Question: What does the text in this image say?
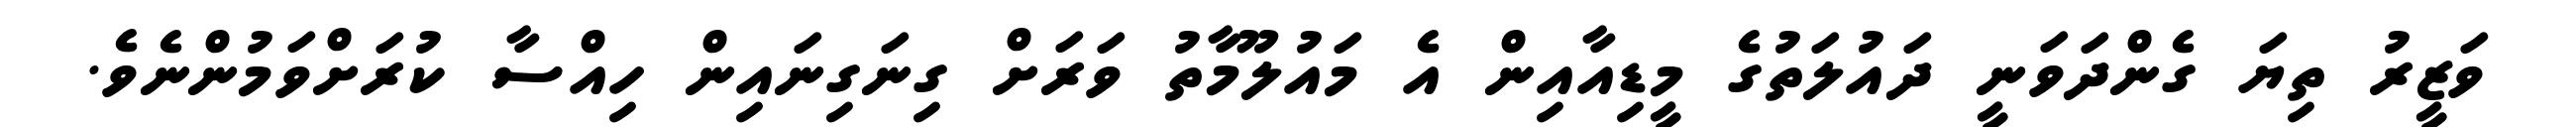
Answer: ވަޒީރު ތިޔަ ގެންދަވަނީ ދައުލަތުގެ މީޑިއާއިން އެ މައުލޫމާތު ވަރަށް ގިނަގިނައިން ހިއްސާ ކުރަށްވަމުންނެވެ.